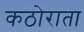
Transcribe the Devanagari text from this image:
कठोराता